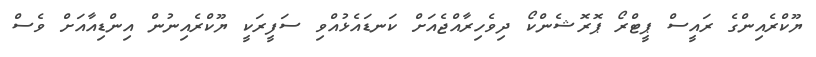
ޔޫކްރެއިންގެ ރައީސް ޕީޓްރޯ ޕޮރޮޝެންކޯ ދިވެހިރާއްޖެއަށް ކަނޑައެޅުއްވި ސަފީރަކީ ޔޫކްރެއިނުން އިންޑިއާއަށް ވެސް